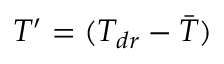
T ^ { \prime } = ( T _ { d r } - \bar { T } )